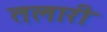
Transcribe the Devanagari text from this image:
तलारी